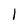
Character: 1